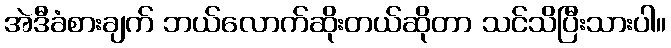
အဲဒီခံစားချက် ဘယ်လောက်ဆိုးတယ်ဆိုတာ သင်သိပြီးသားပါ။